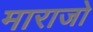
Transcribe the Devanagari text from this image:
माराजो